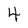
Character: 4